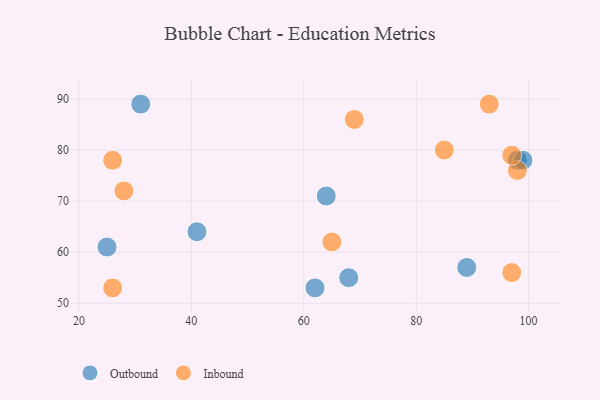
{"axis": {"x": "GDP", "y": "Life Expectancy"}, "legend": ["Inbound", "Outbound"], "data": [{"x": "62", "y": 53, "type": "Outbound"}, {"x": "89", "y": 57, "type": "Outbound"}, {"x": "98", "y": 78, "type": "Outbound"}, {"x": "99", "y": 78, "type": "Outbound"}, {"x": "25", "y": 61, "type": "Outbound"}, {"x": "68", "y": 55, "type": "Outbound"}, {"x": "64", "y": 71, "type": "Outbound"}, {"x": "31", "y": 89, "type": "Outbound"}, {"x": "41", "y": 64, "type": "Outbound"}, {"x": "98", "y": 76, "type": "Inbound"}, {"x": "26", "y": 78, "type": "Inbound"}, {"x": "28", "y": 72, "type": "Inbound"}, {"x": "85", "y": 80, "type": "Inbound"}, {"x": "97", "y": 79, "type": "Inbound"}, {"x": "65", "y": 62, "type": "Inbound"}, {"x": "69", "y": 86, "type": "Inbound"}, {"x": "93", "y": 89, "type": "Inbound"}, {"x": "97", "y": 56, "type": "Inbound"}, {"x": "26", "y": 53, "type": "Inbound"}]}